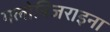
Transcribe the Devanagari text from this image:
गलोबिजराइना